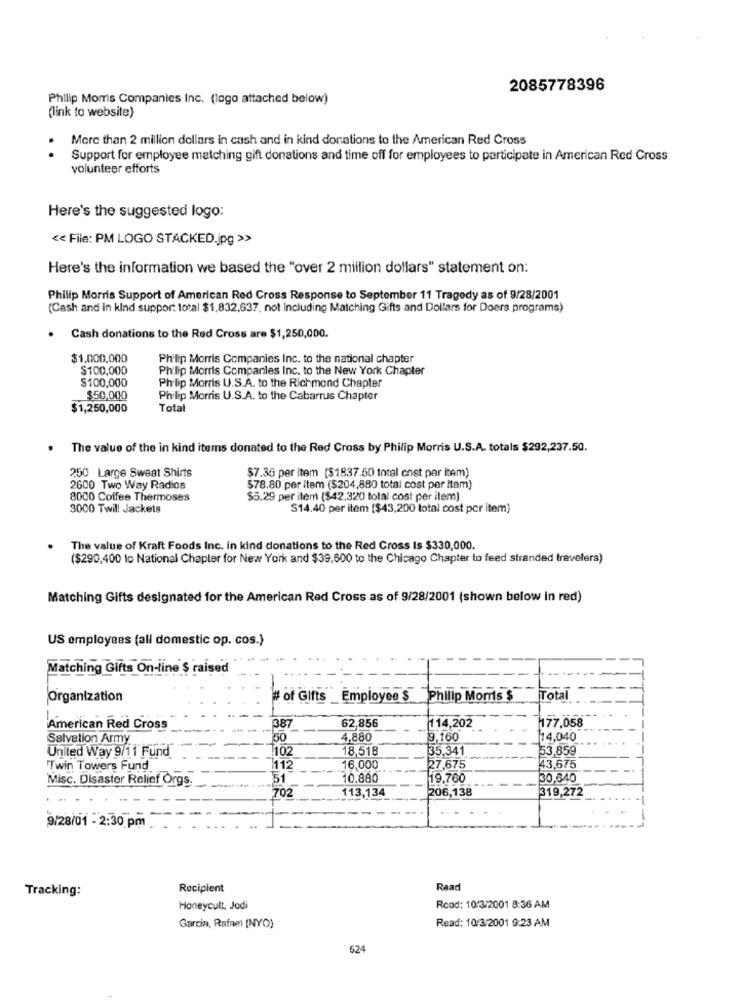
2085778396
Philip Morris Companies Inc. (logo attached below)
(link to website)
More than 2 million dollars in cash and in kind donations to the American Red Cross
Support for employee matching gift donations and time off for employees to participate in American Red Cross
volunteer efforts
Here's the suggested logo:
<< File: PM LOGO STACKED.jpg >>
Here's the information we based the "over 2 million dollars" statement on:
Philip Morris Support of American Red Cross Response to September 11 Tragedy as of 9/28/2001
(Cash and in kind support total $1,832,637, not Including Matching Gifts and Dollars for Doers programs)
Cash donations to the Red Cross are $1,250,000.
$1,000,000
Philip Morris Companies Inc. to the national chapter
$100,000
Philip Morris Companies Inc. to the New York Chapter
$100,000
Philip Morris U.S.A. to the Richmond Chapter
$50,000
Philip Morris U.S.A. to the Cabarrus Chapter
$1,250,000
Total
The value of the in kind items donated to the Red Cross by Philip Morris U.S.A. totals $292,237.50.
250 Large Sweat Shirts
$7.36 per item ($1837.50 total cost par item)
2600 Two Way Radios
$78.80 per Item ($204,880 total cost per Item)
8000 Coffee Thermoses
$5.29 per item ($42,320 total cost per item)
3000 Twill Jackets
S14.40 per item ($43,200 total cost per item)
The value of Kraft Foods Inc. in kind donations to the Red Cross Is $330,000.
($290,400 to National Chapter for New York and $39,600 to the Chicago Chapter to feed stranded travelers)
Matching Gifts designated for the American Red Cross as of 9/28/2001 (shown below in red)
US employees (all domestic op. cos.)
Matching Gifts On-line $ raised
Organization
# of Gifts _ Employee $ Philip Morris $
Total
177.058
American Red Cross
387
62,856
.114,202
Salvation Army
50
4.880
9,160
14,040
United Way 9/11 Fund
.102
18.518
35.341
53,859
Twin Towers Fund
1112
16,000
27,675
43,675
Misc. Disaster Relief Orgs.
51
10,880
19.760
30,640
206,138
319,272
702
113,134
9/28/01 - 2:30 pm
Tracking:
Recipient
Raad
Honeycutt, Jodi
Rood: 10/3/2001 8:36 AM
Garcin, Rafael (NYO)
Read: 10/3/2001 9:23 AM
624